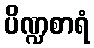
ပိဏ္ဍစာရံ